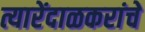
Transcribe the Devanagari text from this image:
त्यारेंदाळकरांचे